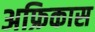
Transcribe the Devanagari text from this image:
अफ्रिकास